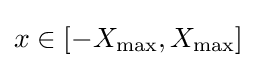
x\in [-X_{\max },X_{\max }]